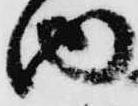
内